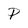
Character: P